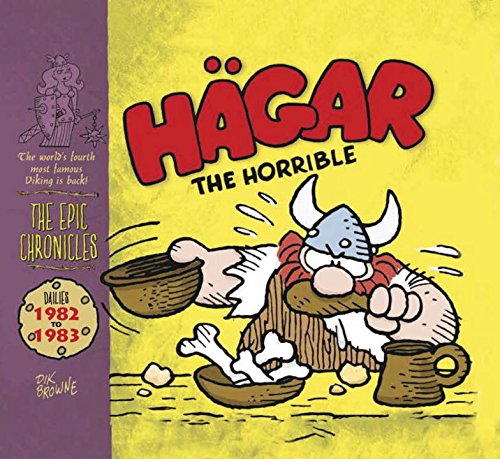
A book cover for Hagar The Horrible : The Epic Chronicles - Dailies 1981-82; Dik Browne; Comics & Graphic Novels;